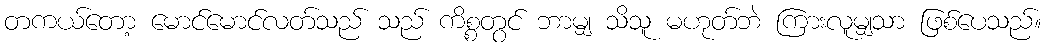
တကယ်တော့ မောင်မောင်လတ်သည် သည် ကိစ္စတွင် ဘာမျှ သိသူ မဟုတ်ဘဲ ကြားလူမျှသာ ဖြစ်ပေသည်။